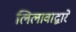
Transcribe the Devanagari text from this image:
लिलावाद्वारे